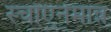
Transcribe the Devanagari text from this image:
स्चोएनेमान्न